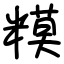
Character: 糢